Parnu_Linna_Vaeslastekohus, lk 3
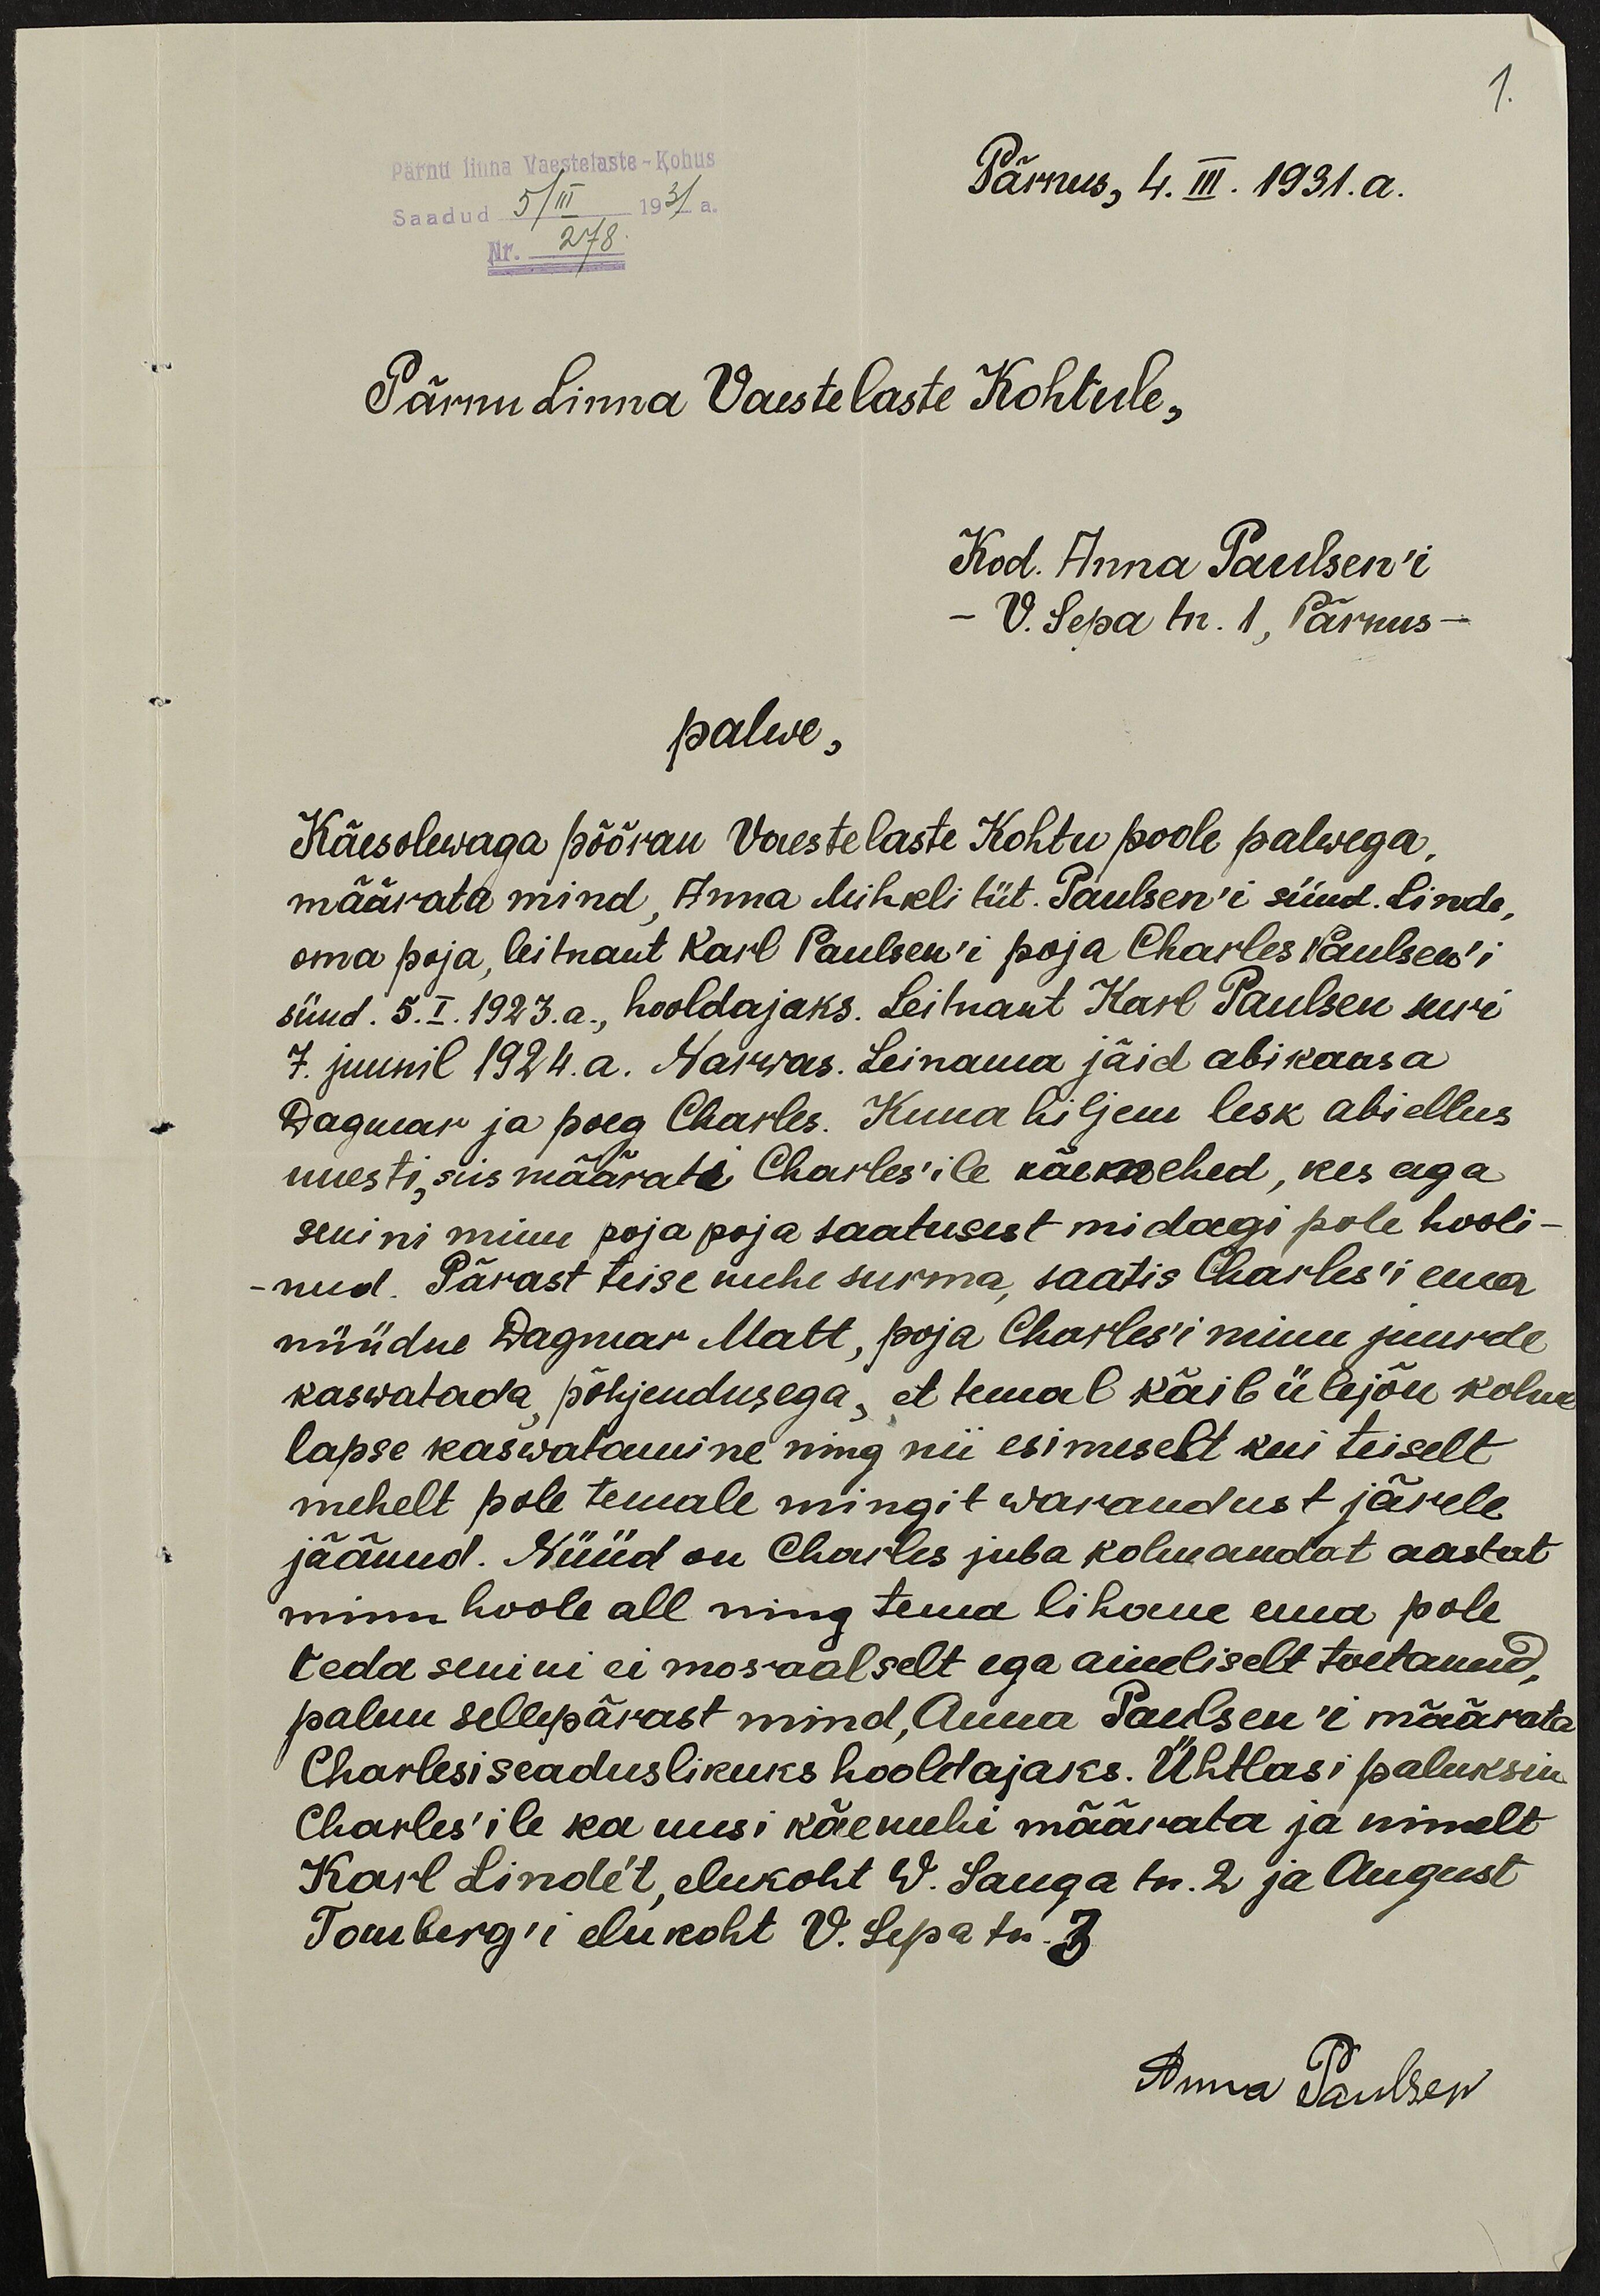
1.
Pärnu linna Vaestelaste - Kohus
Pärnus, 4. III. 1931.a.
Saadud 5/III 1931 a.
Nr. 278
Pärnu Linna Vaestelaste Kohtule,
Kod. Anna Paulsen'i
V. Sepa tn. 1, Pärnus
palwe,
Käesolewaga pööran Vaestelaste Kohtu poole palwega,
määrata mind, Anna Mihkli tüt. Paulsen'i sünd. Linde,
oma poja, leitnant Karl Paulsen'i poja Charles Paulsen'i
sünd. 5. I. 1923.a., hooldajaks. Leitnant Karl Paulsen suri
7. juunil 1924.a. Narwas. Leinama jäid abikaasa
Dagmar ja poeg Charles. Kuna hiljem lesk abiellus
uuesti, siis määrati Charles'ile käemehed, kes aga
senini minu poja poja saatusest midagi pole hooli-
nud. Pärast teise mehe surma, saatis Charles'i ema
nüüdne Dagmar Matt, poja Charles'i minu juurde
kaswatada, põhjendusega, et temal käib ülejõu kolme
lapse kaswatamine ning nii esimeselt kui teiselt
mehelt pole temale mingit warandust järele
jäänud. Nüüd on Charles juba kolmandat aastat
minu hoole all ning tema lihane ema pole
teda senini ei moraalselt ega aineliselt toetanud,
palun sellepärast mind, Anna Paulsen'i määrata
Charlesi seaduslikuks hooldajaks. Ühtlasi paluksin
Charles'ile ka uusi käemehi määrata ja nimelt
Karl Linde`t, elukoht W. Sauga tn. 2 ja August
Tomberg'i elukoht V. Sepa tn. 3
Anna Paulsen